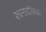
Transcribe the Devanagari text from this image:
रचनावलियों